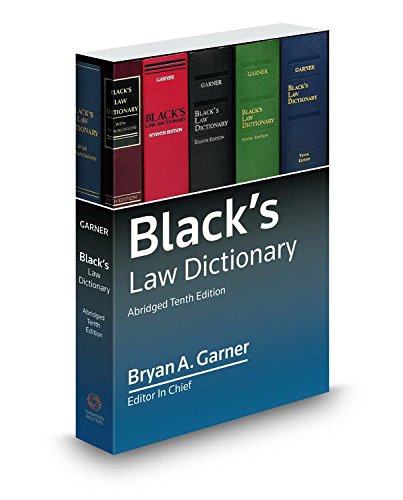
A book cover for Black's Law Dictionary 10th; Abridged; Bryan A. Garner; Law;